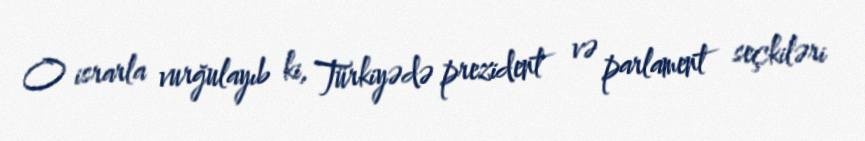
O israrla vurğulayıb ki, Türkiyədə prezident və parlament seçkiləri